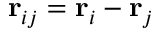
\mathbf { r } _ { i j } = \mathbf { r } _ { i } - \mathbf { r } _ { j }